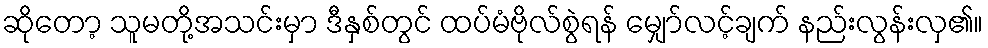
ဆိုတော့ သူမတို့အသင်းမှာ ဒီနှစ်တွင် ထပ်မံဗိုလ်စွဲရန် မျှော်လင့်ချက် နည်းလွန်းလှ၏။